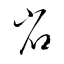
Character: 省